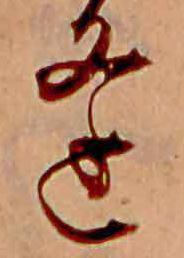
逢